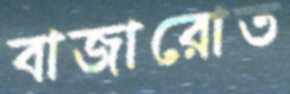
বাজারোত